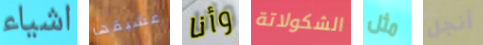
اشياء عشيقها وأنا الشكولاتة مثل أنجل